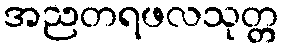
အညတရဖလသုတ္တ